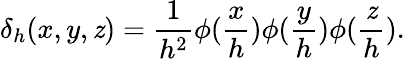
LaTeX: \delta_{h}(x,y,\mathit{z})=\frac{{1}}{{h^{2}}}\phi(\frac{{x}}{{h}})\phi(\frac{{y}}{{h}})\phi(\frac{{\mathit{z}}}{{h}}).